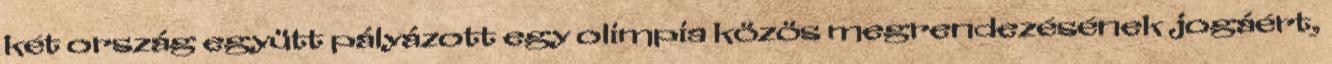
két ország együtt pályázott egy olimpia közös megrendezésének jogáért,